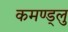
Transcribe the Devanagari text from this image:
कमण्ड्लु